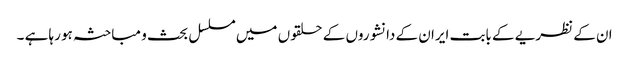
ان کے نظریے کے بابت ایران کے دانشوروں کے حلقوں میں مسلسل بحث و مباحثہ ہو رہا ہے ۔